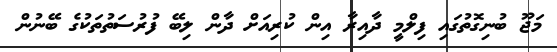
މަޖޫ ބުނިގޮތުގައި ފިލްމީ ދާއިރާ އިން ކުރިއަށް ދާން ލިބޭ ފުރުސަތުތަކުގެ ބޭނުން